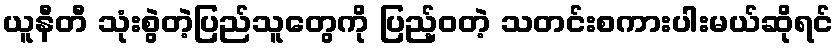
ယူနီတီ သုံးစွဲတဲ့ပြည်သူတွေကို ပြည့်ဝတဲ့ သတင်းစကားပါးမယ်ဆိုရင်